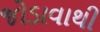
જોડાવાથી